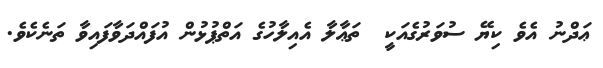
ޢަދްނު އެވެ ކިޔޭ ސުވަރުގެއަކީ  ތަޢާލާ އެއިލާހުގެ އަތްޕުޅުން އުފައްދަވާފައިވާ ތަނެކެވެ.